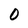
Character: 0